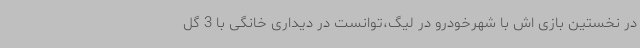
در نخستین بازی اش با شهرخودرو در لیگ،توانست در دیداری خانگی با 3 گل